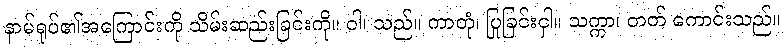
နာမ်ရုပ်၏အကြောင်းကို သိမ်းဆည်းခြင်းကို။ ဝါ၊ သည်။ ကာတုံ၊ ပြုခြင်းငှါ။ သက္ကာ၊ တတ် ကောင်းသည်။